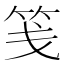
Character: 笺